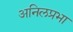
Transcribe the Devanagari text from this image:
अनिलप्रभा